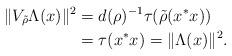
LaTeX: \begin{align*}\| V_{\tilde{\rho}} \Lambda (x)\| ^2 &=d(\rho )^{-1} \tau (\tilde{\rho }(x^*x) ) \\ &=\tau (x^*x) =\| \Lambda (x)\| ^2.\end{align*}